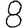
Digit: 8